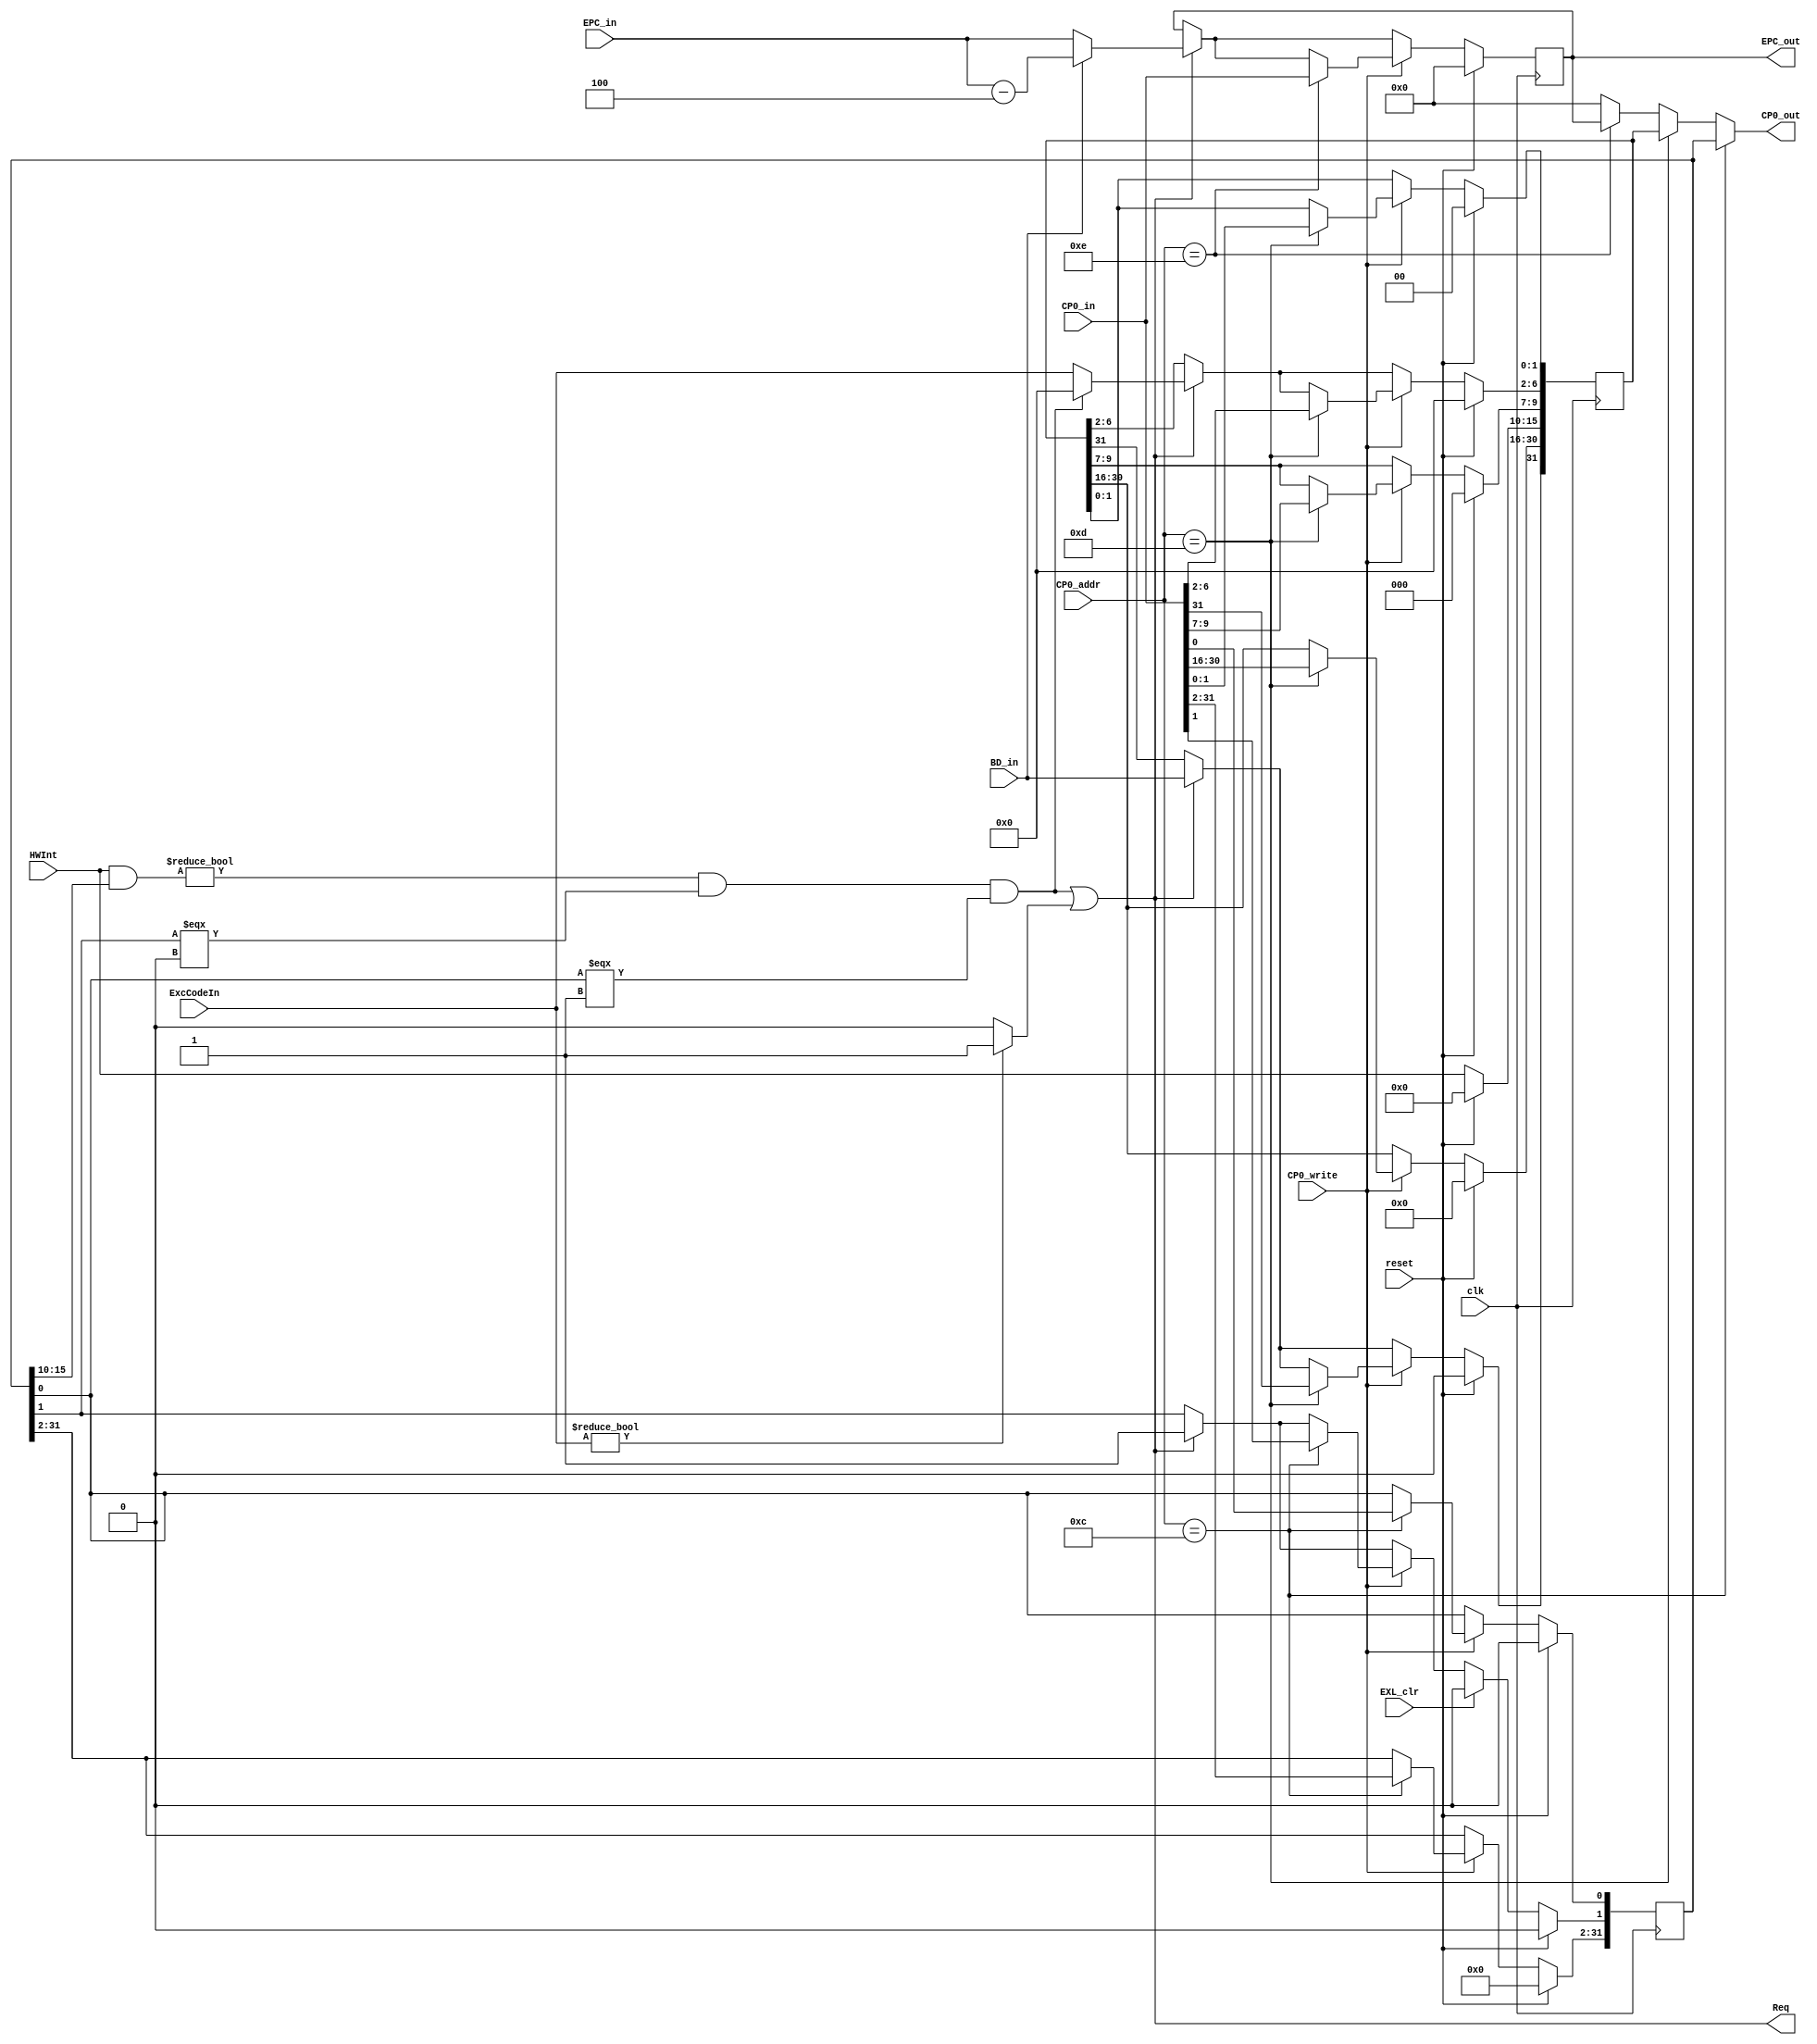
`timescale 1ns / 1ps
//////////////////////////////////////////////////////////////////////////////////
// Company: 
// Engineer: 
// 
// Design Name: 
// Module Name:    CP0 
// Project Name: 
// Target Devices: 
// Tool versions: 
// Description: 
//
// Dependencies: 
//
// Revision: 
// Revision 0.01 - File Created
// Additional Comments: 
//
//////////////////////////////////////////////////////////////////////////////////
`define IM SR[15:10]                // 
`define EXL SR[1]                   // 1    
`define IE SR[0]                    //  1  0 
`define BD Cause[31]                // 
`define IP Cause[15:10]             // 6  6  1  0 
`define ExcCode Cause[6:2]          // 

module CP0(
    input clk,
    input reset,
    input CP0_write,
    input [4:0] CP0_addr,
    input [31:0] CP0_in,     // CP0
    input [31:0] EPC_in,     // 
    input BD_in,             // 
    input [4:0] ExcCodeIn,   // 
    input [5:0] HWInt,       // 
    input EXL_clr,           // EXL 
    output [31:0] CP0_out,   
    output [31:0] EPC_out,   
    output Req               // 
    );
	      
	 reg [31:0] SR;
	 reg [31:0] Cause;
	 reg [31:0] EPC;
	 
	 wire interrupt, exception;


////////////////////// Read CP0 Reg Data////////////////////////////
    assign CP0_out = (CP0_addr == 5'd12) ? SR :
	                  (CP0_addr == 5'd13) ? Cause :
							(CP0_addr == 5'd14) ? EPC :
							                      32'd0;
														 
	 assign  EPC_out = EPC;
	 
///////////////////// ////////////////////////////////////
	 assign interrupt = (((HWInt & `IM) != 6'd0) && (`EXL === 1'b0) && (`IE === 1'b1));
	 assign exception = (ExcCodeIn != 5'd0) ? 1'b1 : 1'b0;
	 assign Req = interrupt | exception;
	 
	 
//////////////////// updata CP0 ///////////////
    
	 always @(posedge clk) begin
	     if (reset == 1'b1) begin
		      EPC <= 32'd0;
				SR <= 32'd0;
				Cause <= 32'd0;
		  end else begin
		      if (Req == 1'b1) begin
				    `ExcCode <= (interrupt == 1'b1) ? 5'd0 : ExcCodeIn;
					 `EXL <= 1'b1;
					 `BD <= BD_in;
					 EPC <= (BD_in == 1'b1) ? (EPC_in - 32'd4) : EPC_in;
				end
				if (CP0_write == 1'b1) begin
				    case(CP0_addr)
					     5'd12: SR <= CP0_in; 
						  5'd13: Cause <= CP0_in;
						  5'd14: EPC <= CP0_in;
					 endcase
				end
				if (EXL_clr == 1'b1) begin
				    `EXL <= 1'b0;
				end
		      `IP <= HWInt;
		  end
	 end
	 


endmodule